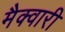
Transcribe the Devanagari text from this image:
मैक्वारी